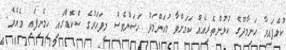
ކުޅެފައިވާ ހަނިމާދޫގެ ކުޅުންތެރިއެއް ކަމަށްވާ މުހަންމަދު ހަސަންވެސް މިފަހަރުގެ ސްކޮޑްގައި ހިމެނިފައި ވެއެވެ.